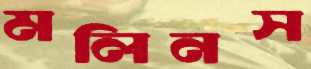
মলিনস